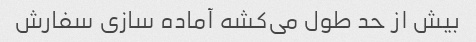
بیش از حد طول می‌کشه آماده سازی سفارش